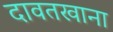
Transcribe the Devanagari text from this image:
दावतखाना